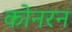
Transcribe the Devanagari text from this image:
कोनरन